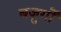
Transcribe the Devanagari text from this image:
बज़ुर्गों